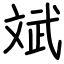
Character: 斌